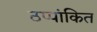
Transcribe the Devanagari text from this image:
ठप्पांकित